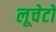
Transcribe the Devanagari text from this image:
लूचेटो